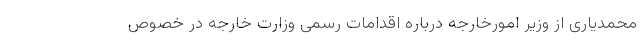
محمدیاری از وزیر امورخارجه درباره اقدامات رسمی وزارت خارجه در خصوص